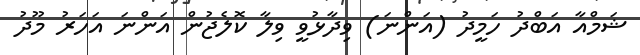
ޝަމްއާ އަބްދު ހަމީދު (އަންނަ) ވިދާޅުވީ ވިލާ ކޮލެޖުން އަންނަ އަހަރު މޫދު